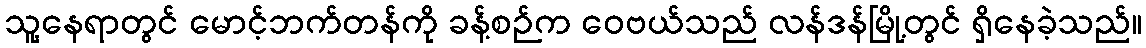
သူ့နေရာတွင် မောင့်ဘက်တန်ကို ခန့်စဉ်က ဝေဗယ်သည် လန်ဒန်မြို့တွင် ရှိနေခဲ့သည်။